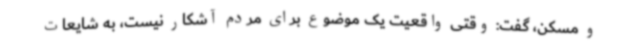
و مسکن، گفت: وقتی واقعیت یک موضوع برای مردم آشکار نیست، به شایعات